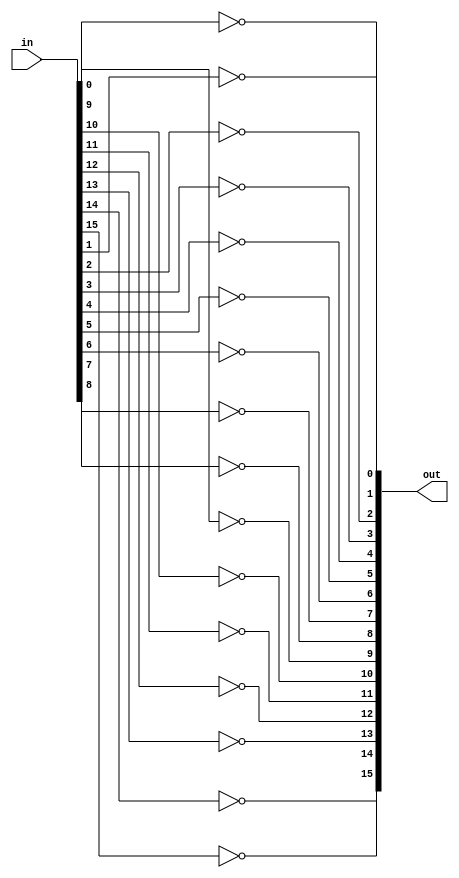
/* mdulo Not16 */

`ifndef _Not16_
`define _Not16_

module Not16(out, in);
    input [15:0] in;
    output [15:0] out;

    genvar i;
    generate
        for (i = 0; i < 16; i = i + 1) begin
            not(out[i], in[i]);
        end
    endgenerate
endmodule

`endif